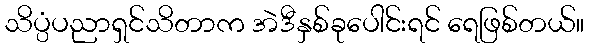
သိပ္ပံပညာရှင်သိတာက အဲဒီနှစ်ခုပေါင်းရင် ရေဖြစ်တယ်။